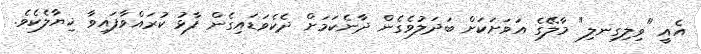
އެއީ "ވިލިގިނލި" މާލޭގެ އަވަށަކަށް ބަދަލުވެގެން ދާނެކަމަށް ދެކެވަޑައިގެން ފާޅު ކުރައްވާފައިވާ ޚިޔާލެކެވެ.